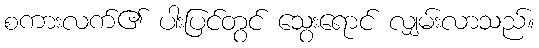
စကားလက်၏ ပါးပြင်တွင် သွေးရောင် လျှမ်းလာသည်။